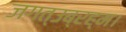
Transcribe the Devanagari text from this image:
जगत्उब्रह्म।